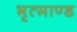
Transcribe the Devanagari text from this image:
भृत्माण्ड